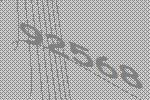
92568